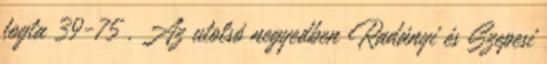
fogta 39-75 . Az utolsó negyedben Radányi és Szepesi